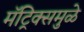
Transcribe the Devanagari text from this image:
मॅट्रिक्समुळे